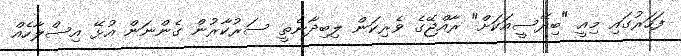
ފަހަރުގައި މިއީ "ބިދޭސީއަކަށް" ރާއްޖޭގެ ވެރިކަން ލިބިދާނެތީ ސަރުކާރުން ގެންނަން އުޅޭ އިސްލާހެއް